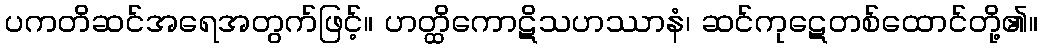
ပကတိဆင်အရေအတွက်ဖြင့်။ ဟတ္ထိကောဋိသဟဿာနံ၊ ဆင်ကုဋေတစ်ထောင်တို့၏။